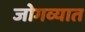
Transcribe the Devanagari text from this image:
जोगव्यात